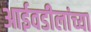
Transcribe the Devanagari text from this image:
आईवडीलांच्या